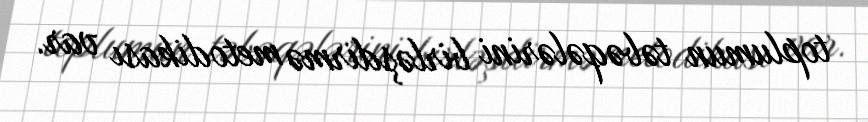
toplumun təbəqələrini birləşdirmə metodikası var.